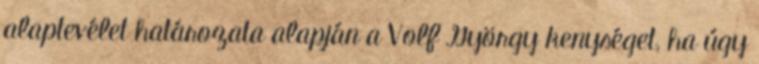
alaptevélet határozata alapján a Volf György kenységet, ha úgy